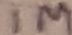
Text: 1M